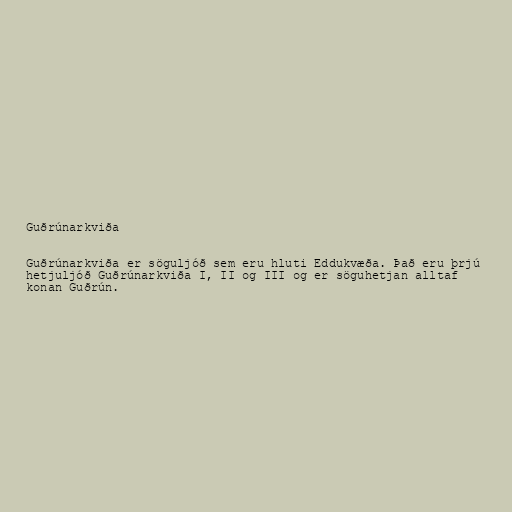
Guðrúnarkviða

Guðrúnarkviða er söguljóð sem eru hluti Eddukvæða. Það eru þrjú
hetjuljóð Guðrúnarkviða I, II og III og er söguhetjan alltaf
konan Guðrún.